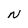
Character: N